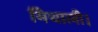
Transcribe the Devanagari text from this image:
मिथाली।